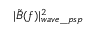
| \tilde { B } ( f ) | _ { w a v e \_ p s p } ^ { 2 }